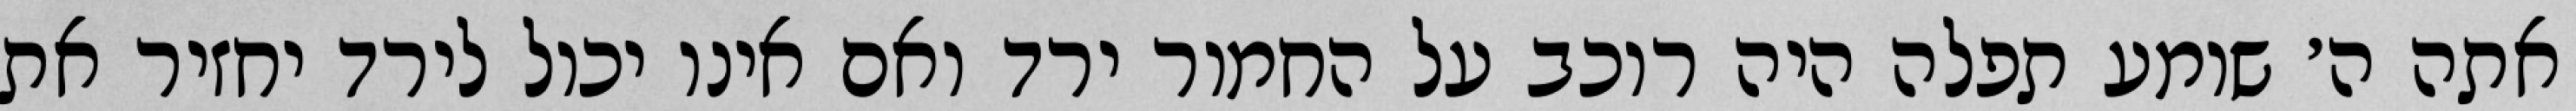
אתה ה׳ שומע תפלה היה רוכב על החמור ירד ואם אינו יכול לירד יחזיר את